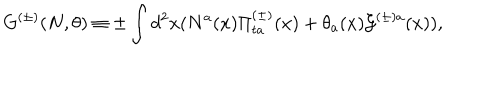
G ^ { ( \pm ) } ( N , \theta ) \equiv \pm \int d ^ { 2 } x ( N ^ { a } ( x ) \Pi _ { t a } ^ { ( \pm ) } ( x ) + \theta _ { a } ( x ) { \cal G } ^ { ( \pm ) a } ( x ) ) ,